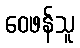
ဝေဖန်သူ